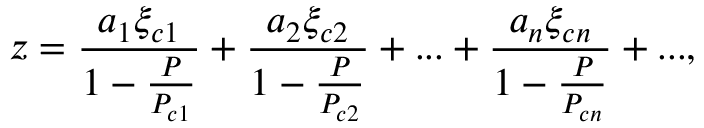
z = \frac { a _ { 1 } \xi _ { c 1 } } { 1 - \frac { P } { P _ { c 1 } } } + \frac { a _ { 2 } \xi _ { c 2 } } { 1 - \frac { P } { P _ { c 2 } } } + . . . + \frac { a _ { n } \xi _ { c n } } { 1 - \frac { P } { P _ { c n } } } + . . . ,